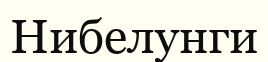
Нибелунги